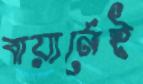
বায়ার্নেই